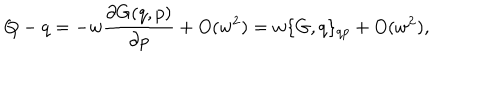
Q - q = - w { \frac { \partial G ( q , p ) } { \partial p } } + O ( w ^ { 2 } ) = w \{ G , q \} _ { q p } + O ( w ^ { 2 } ) ,